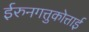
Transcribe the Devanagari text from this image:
ईरुनगत्तुकोत्ताई